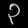
Digit: ၃